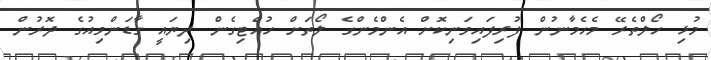
މުޅި ހޯލްތެރޭ މެހެމާނުން ފުރިފައިވަނިކޮށް އެންމެންގެ ލޯތަށް ހުއްޓިގެން ދިޔައީ ގާޑަންވިއުގެ ދޮރުން